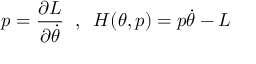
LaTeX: p = \frac { \partial L } { \partial \dot { \theta } } \; \; , \; \; H ( \theta , p ) = p \dot { \theta } - L